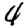
Digit: 4